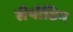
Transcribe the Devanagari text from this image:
सैपॉडिन